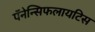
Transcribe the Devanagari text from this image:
पॅनेन्सिफलायटिस